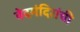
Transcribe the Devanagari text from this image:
वेदमंदिरांची